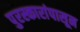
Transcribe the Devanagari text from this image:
पुरस्कारांपासून